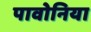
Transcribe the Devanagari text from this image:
पावोनिया